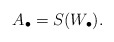
\begin{align*}A_{\bullet}=S(W_{\bullet}). \end{align*}